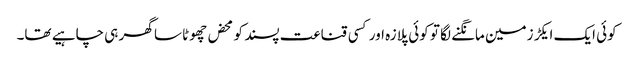
کوئی ایک ایکڑ زمین مانگنے لگا تو کوئی پلازہ اور کسی قناعت پسند کو محض چھوٹا سا گھر ہی چاہیے تھا۔